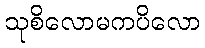
သုစိလောမကပိလော